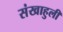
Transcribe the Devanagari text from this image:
संखाहुली